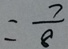
= \frac { 7 } { 8 }